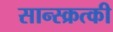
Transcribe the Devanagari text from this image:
सान्स्क्रत्की